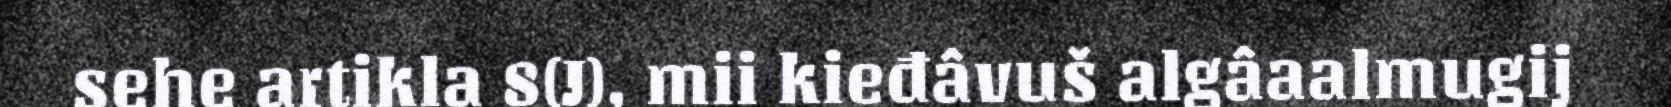
sehe artikla 8(J), mii kieđâvuš algâaalmugij